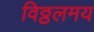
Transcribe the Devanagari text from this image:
विठ्ठलमय